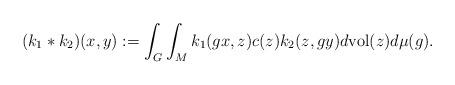
LaTeX: \begin{align*}(k_{1}*k_{2})(x,y):=\int_{G}\int_{M}k_{1}(gx,z)c(z)k_{2}(z,gy)d{\rm vol}(z)d\mu(g).\end{align*}